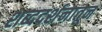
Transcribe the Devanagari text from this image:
शब्ददर्शनातून